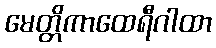
မေတ္တိကာထေရီဂါထာ